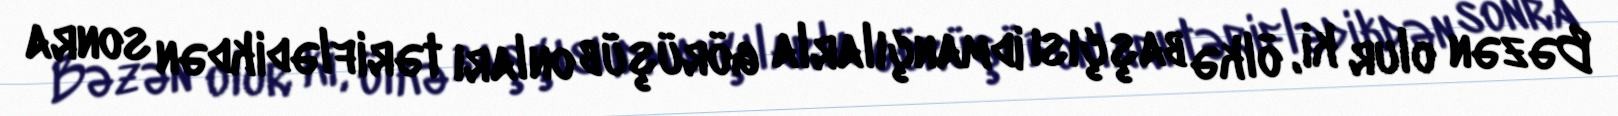
Bəzən olur ki, ölkə başçısı idmançılarla görüşüb onları təriflədikdən sonra